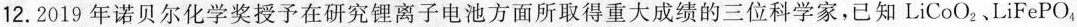
12.2019年诺贝尔化学奖授予在研究锂离子电池方面所取得重大成绩的三位科学家，已知LiCoO_{2}、LiFePO_{4}